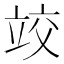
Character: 𰩤